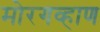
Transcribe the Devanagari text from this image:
मोरगव्हाण